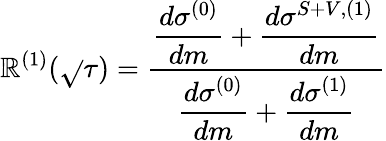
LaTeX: \mathbb{R}^{(1)}(\sqrt{}{{\tau}})=\frac{{\displaystyle\frac{{d\sigma^{(0)}}}{{dm}}+\frac{{d\sigma^{S+V,(1)}}}{{dm}}}}{{\displaystyle\frac{{d\sigma^{(0)}}}{{dm}}+\frac{{d\sigma^{(1)}}}{{dm}}}}